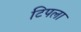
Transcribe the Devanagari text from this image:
टिपला